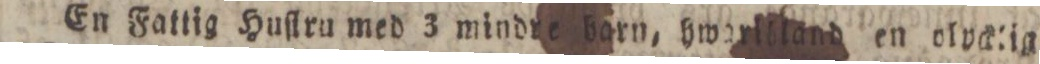
En Fattig Huſtru med 3 mindre barn, hwarliland en olpckig